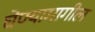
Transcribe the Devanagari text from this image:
घेण्यामागील